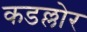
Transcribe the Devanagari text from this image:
कडल्लोर